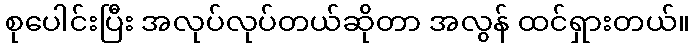
စုပေါင်းပြီး အလုပ်လုပ်တယ်ဆိုတာ အလွန် ထင်ရှားတယ်။